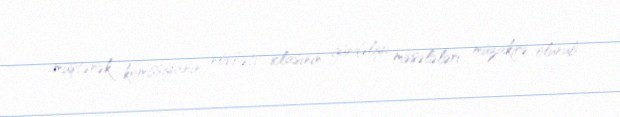
müştərək komissiyanın növbəti iclasının gündəliyi məsələləri müzakirə olunub.